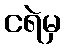
ငရဲမှ